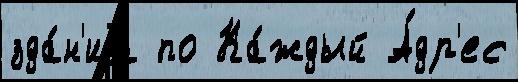
зда́н'иjа по Ка́ждый А́др'ес